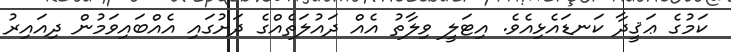
ކަމުގެ ޢަޤީދާ ކަނޑައެޅިއެވެ. އިޓަލީ ވިލާތު އެއް ދައުލަތެއްގެ ދަށުގައި އެއްބައިވަމުން ދިއައިރު